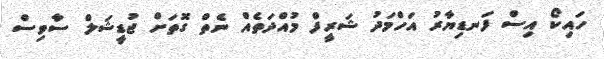
ހައިކޯ އިސް ފަނޑިޔާރު އަހްމަދު ޝަރީފް މުއްދަތެއް ނެތް ގޮތަށް ޖުޑީޝަލް ސާވިސް